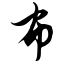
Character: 布